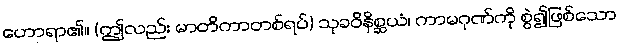
ဟောရာ၏။ (ဤလည်း မာတိကာတစ်ရပ်) သုခဝိနိစ္ဆယံ၊ ကာမဂုဏ်ကို စွဲ၍ဖြစ်သော